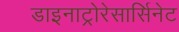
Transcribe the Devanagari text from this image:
डाइनाट्रोरेसार्सिनेट